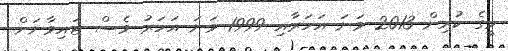
މީގެ ކުރިން 2013 ވަނަ އަހަރާއި 1999 ވަނަ އަހަރު ވެސް ޓައިވާނަށް